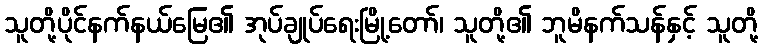
သူတို့ပိုင်နက်နယ်မြေ၏ အုပ်ချုပ်ရေးမြို့တော်၊ သူတို့၏ ဘူမိနက်သန်နှင့် သူတို့